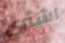
اشتري